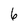
Character: 6